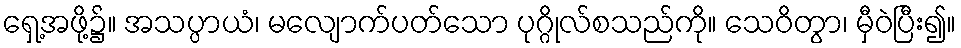
ရှေ့အဖို့၌။ အသပ္ပာယံ၊ မလျောက်ပတ်သော ပုဂ္ဂိုလ်စသည်ကို။ သေဝိတွာ၊ မှီဝဲပြီး၍။